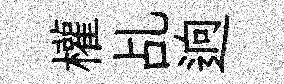
權乩逈